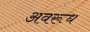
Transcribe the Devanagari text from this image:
अवरूध